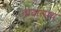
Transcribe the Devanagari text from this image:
तादात्मय